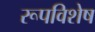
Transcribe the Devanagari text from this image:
रूपविशेष